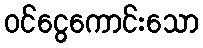
ဝင်ငွေကောင်းသော